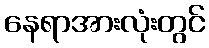
နေရာအားလုံးတွင်